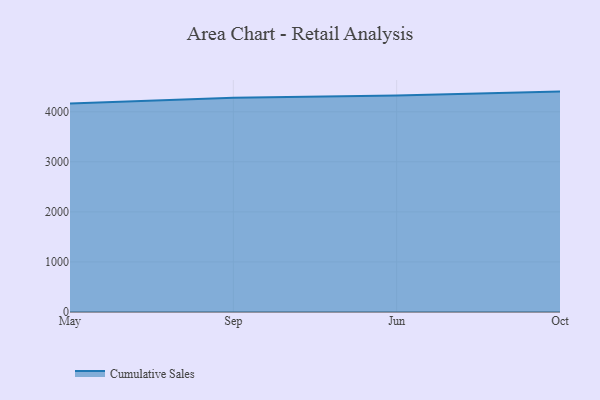
{"axis": {"x": "Month", "y": "Shipments"}, "legend": ["Cumulative Sales"], "data": [{"x": "May", "y": 4167.4, "type": "Cumulative Sales"}, {"x": "Sep", "y": 4280.2, "type": "Cumulative Sales"}, {"x": "Jun", "y": 4327.5, "type": "Cumulative Sales"}, {"x": "Oct", "y": 4403.7, "type": "Cumulative Sales"}]}